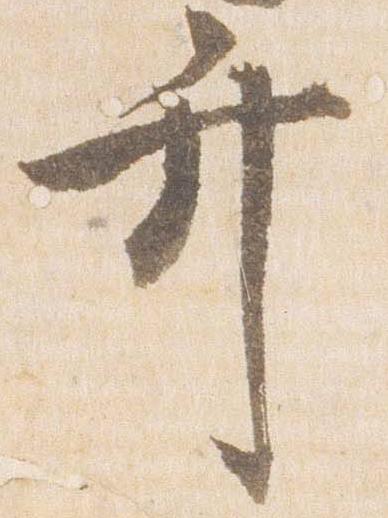
弁